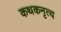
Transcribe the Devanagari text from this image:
कथकनृत्य